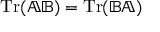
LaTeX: \operatorname { T r } ( \mathbb { A } \mathbb { B } ) = \operatorname { T r } ( \mathbb { B } \mathbb { A } )